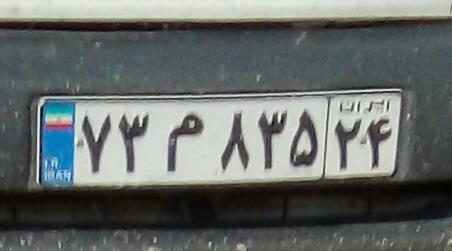
۷۳م۸۳۵۲۴